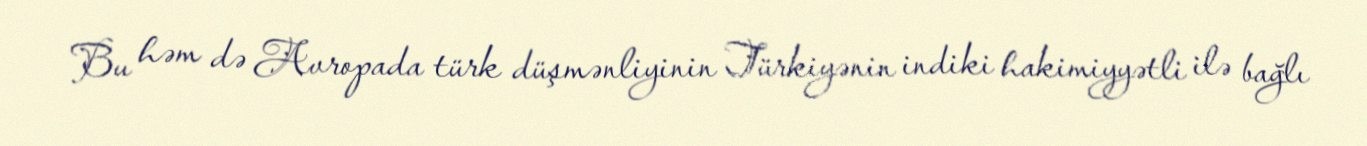
Bu həm də Avropada türk düşmənliyinin Türkiyənin indiki hakimiyyətli ilə bağlı